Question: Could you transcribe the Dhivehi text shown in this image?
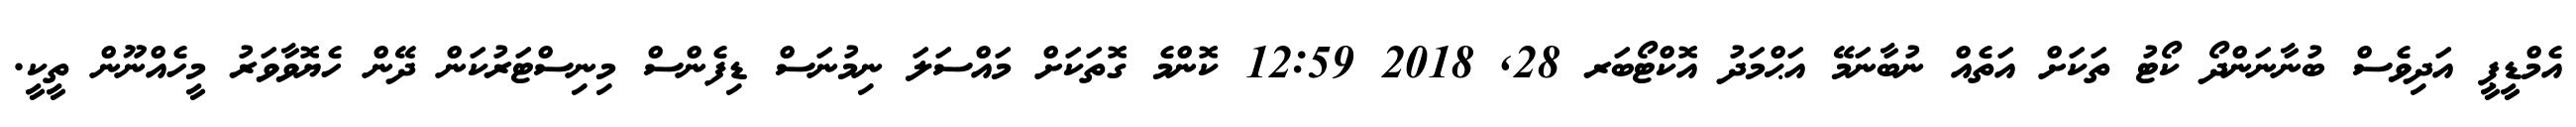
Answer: އެމްޑީޕީ އަދިވެސް ބުނާނަންދޯ ކޯޓު ތަކަށް އަތެއް ނުބާނަމޭ އަޙްމަދު އޮކްޓޯބަރ 28, 2018 12:59 ކޮންމެ ގޮތަކަށް މައްސަލަ ނިމުނަސް ޑިފެންސް މިނިސްޓަރުކަން ދޭން ހެޔޮވާވަރު މީހެއްނޫން ތީކީ.